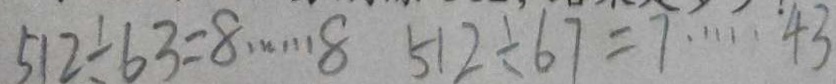
5 1 2 \div 6 3 = 8 \cdots 8 5 1 2 \div 6 7 = 7 \cdots 4 3